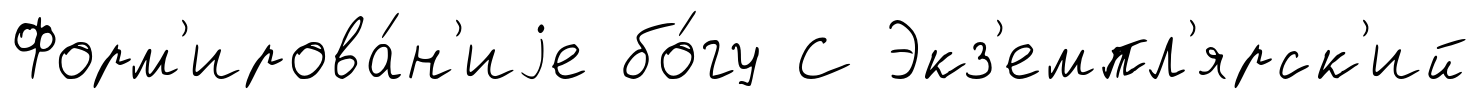
Форм'ирова́н'иjе бо́гу С Экз'емпл'ярск'ий